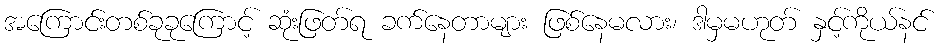
အကြောင်းတစ်ခုခုကြောင့် ဆုံးဖြတ်ရ ခက်နေတာများ ဖြစ်နေမလား၊ ဒါမှမဟုတ် နှင့်ကိုယ်နင်